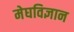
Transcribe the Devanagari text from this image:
मेघविज्ञान